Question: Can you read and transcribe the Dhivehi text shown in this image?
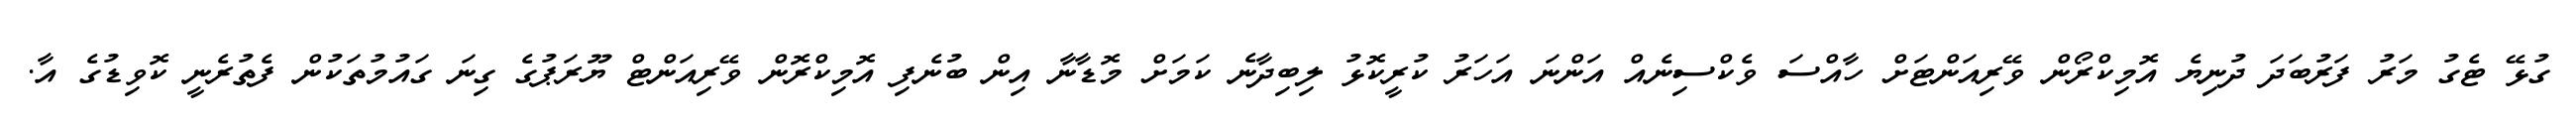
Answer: ގުޅޭ ޓެގު މަރު ފަރުބަދަ ދުނިޔެ އޮމިކްރޯން ވޭރިއަންޓަށް ހާއްސަ ވެކްސިނެއް އަންނަ އަހަރު ކުރީކޮޅު ލިބިދާނެ ކަމަށް މޮޑާނާ އިން ބުނެފި އޮމިކްރޮން ވޭރިއަންޓް ޔޫރަޕުގެ ގިނަ ގައުމުތަކުން ފެތުރެނީ ކޮވިޑުގެ އާ.